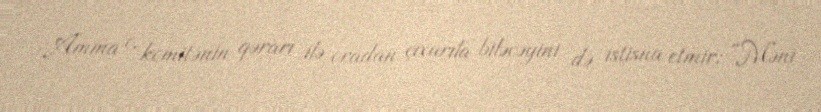
Amma o, komitənin qərarı ilə oradan çıxarıla biləcəyini də istisna etmir: “Məni